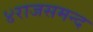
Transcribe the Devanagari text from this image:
४राजसमन्द